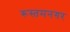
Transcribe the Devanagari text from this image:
रूस्तमनगर